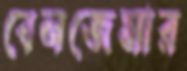
বেনজেমার